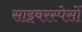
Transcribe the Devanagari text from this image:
साइबरस्पेसों